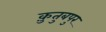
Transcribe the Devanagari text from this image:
क़ुतुबपुर